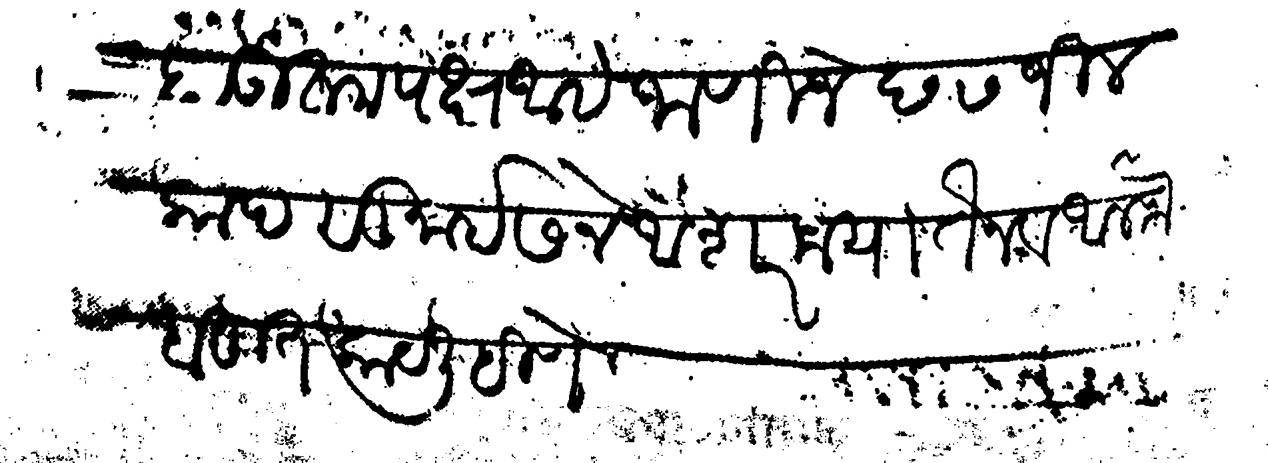
Transliteration (Devanagari): हा उतम पक्ष आहे जाणिजे छ ७ जिलकाद सु ईसने अशर मयातैन व अलफ बहुत काय लिहिणे